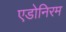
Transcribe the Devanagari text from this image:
एडोनिरम